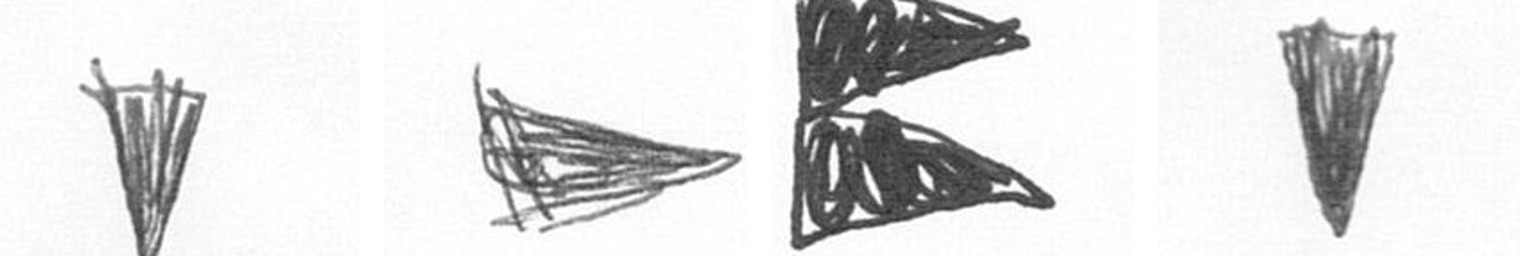
J T P J